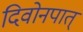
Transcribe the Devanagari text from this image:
दिवोनपात्